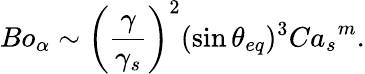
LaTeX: {Bo_{\alpha}}\sim\left(\frac{\gamma}{\gamma_{s}}\right)^{2}(\sin{\theta_{eq}})^{3}{Ca_{s}}^{m}.